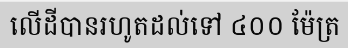
លើដីបានរហូតដល់ទៅ ៤០០ ម៉ែត្រ